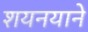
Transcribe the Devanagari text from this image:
शयनयाने